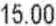
15.00